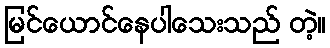
မြင်ယောင်နေပါသေးသည် တဲ့။